Source: Handwritten
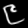
Digit: ၉ (9)